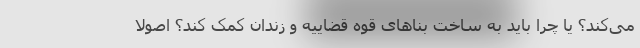
می‌کند؟ یا چرا باید به ساخت بناهای قوه قضاییه و زندان کمک کند؟ اصولاً